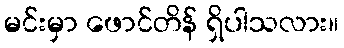
မင်းမှာ ဖောင်တိန် ရှိပါသလား။